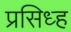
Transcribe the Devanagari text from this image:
प्रसिध्ह